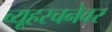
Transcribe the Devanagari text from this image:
व्यूहरचनेवर